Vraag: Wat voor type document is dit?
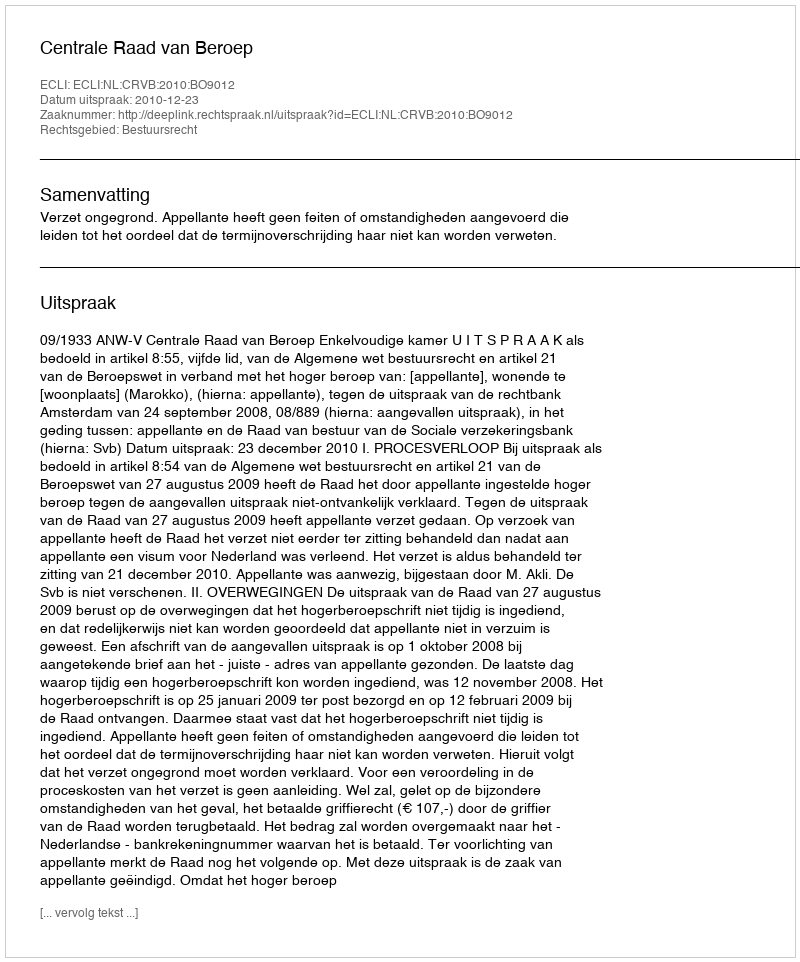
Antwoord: Uitspraak